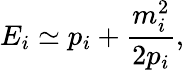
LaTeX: E_{i}\simeq p_{i}+\frac{m_{i}^{2}}{2p_{i}},